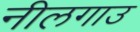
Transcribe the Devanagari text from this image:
नीलगाउ